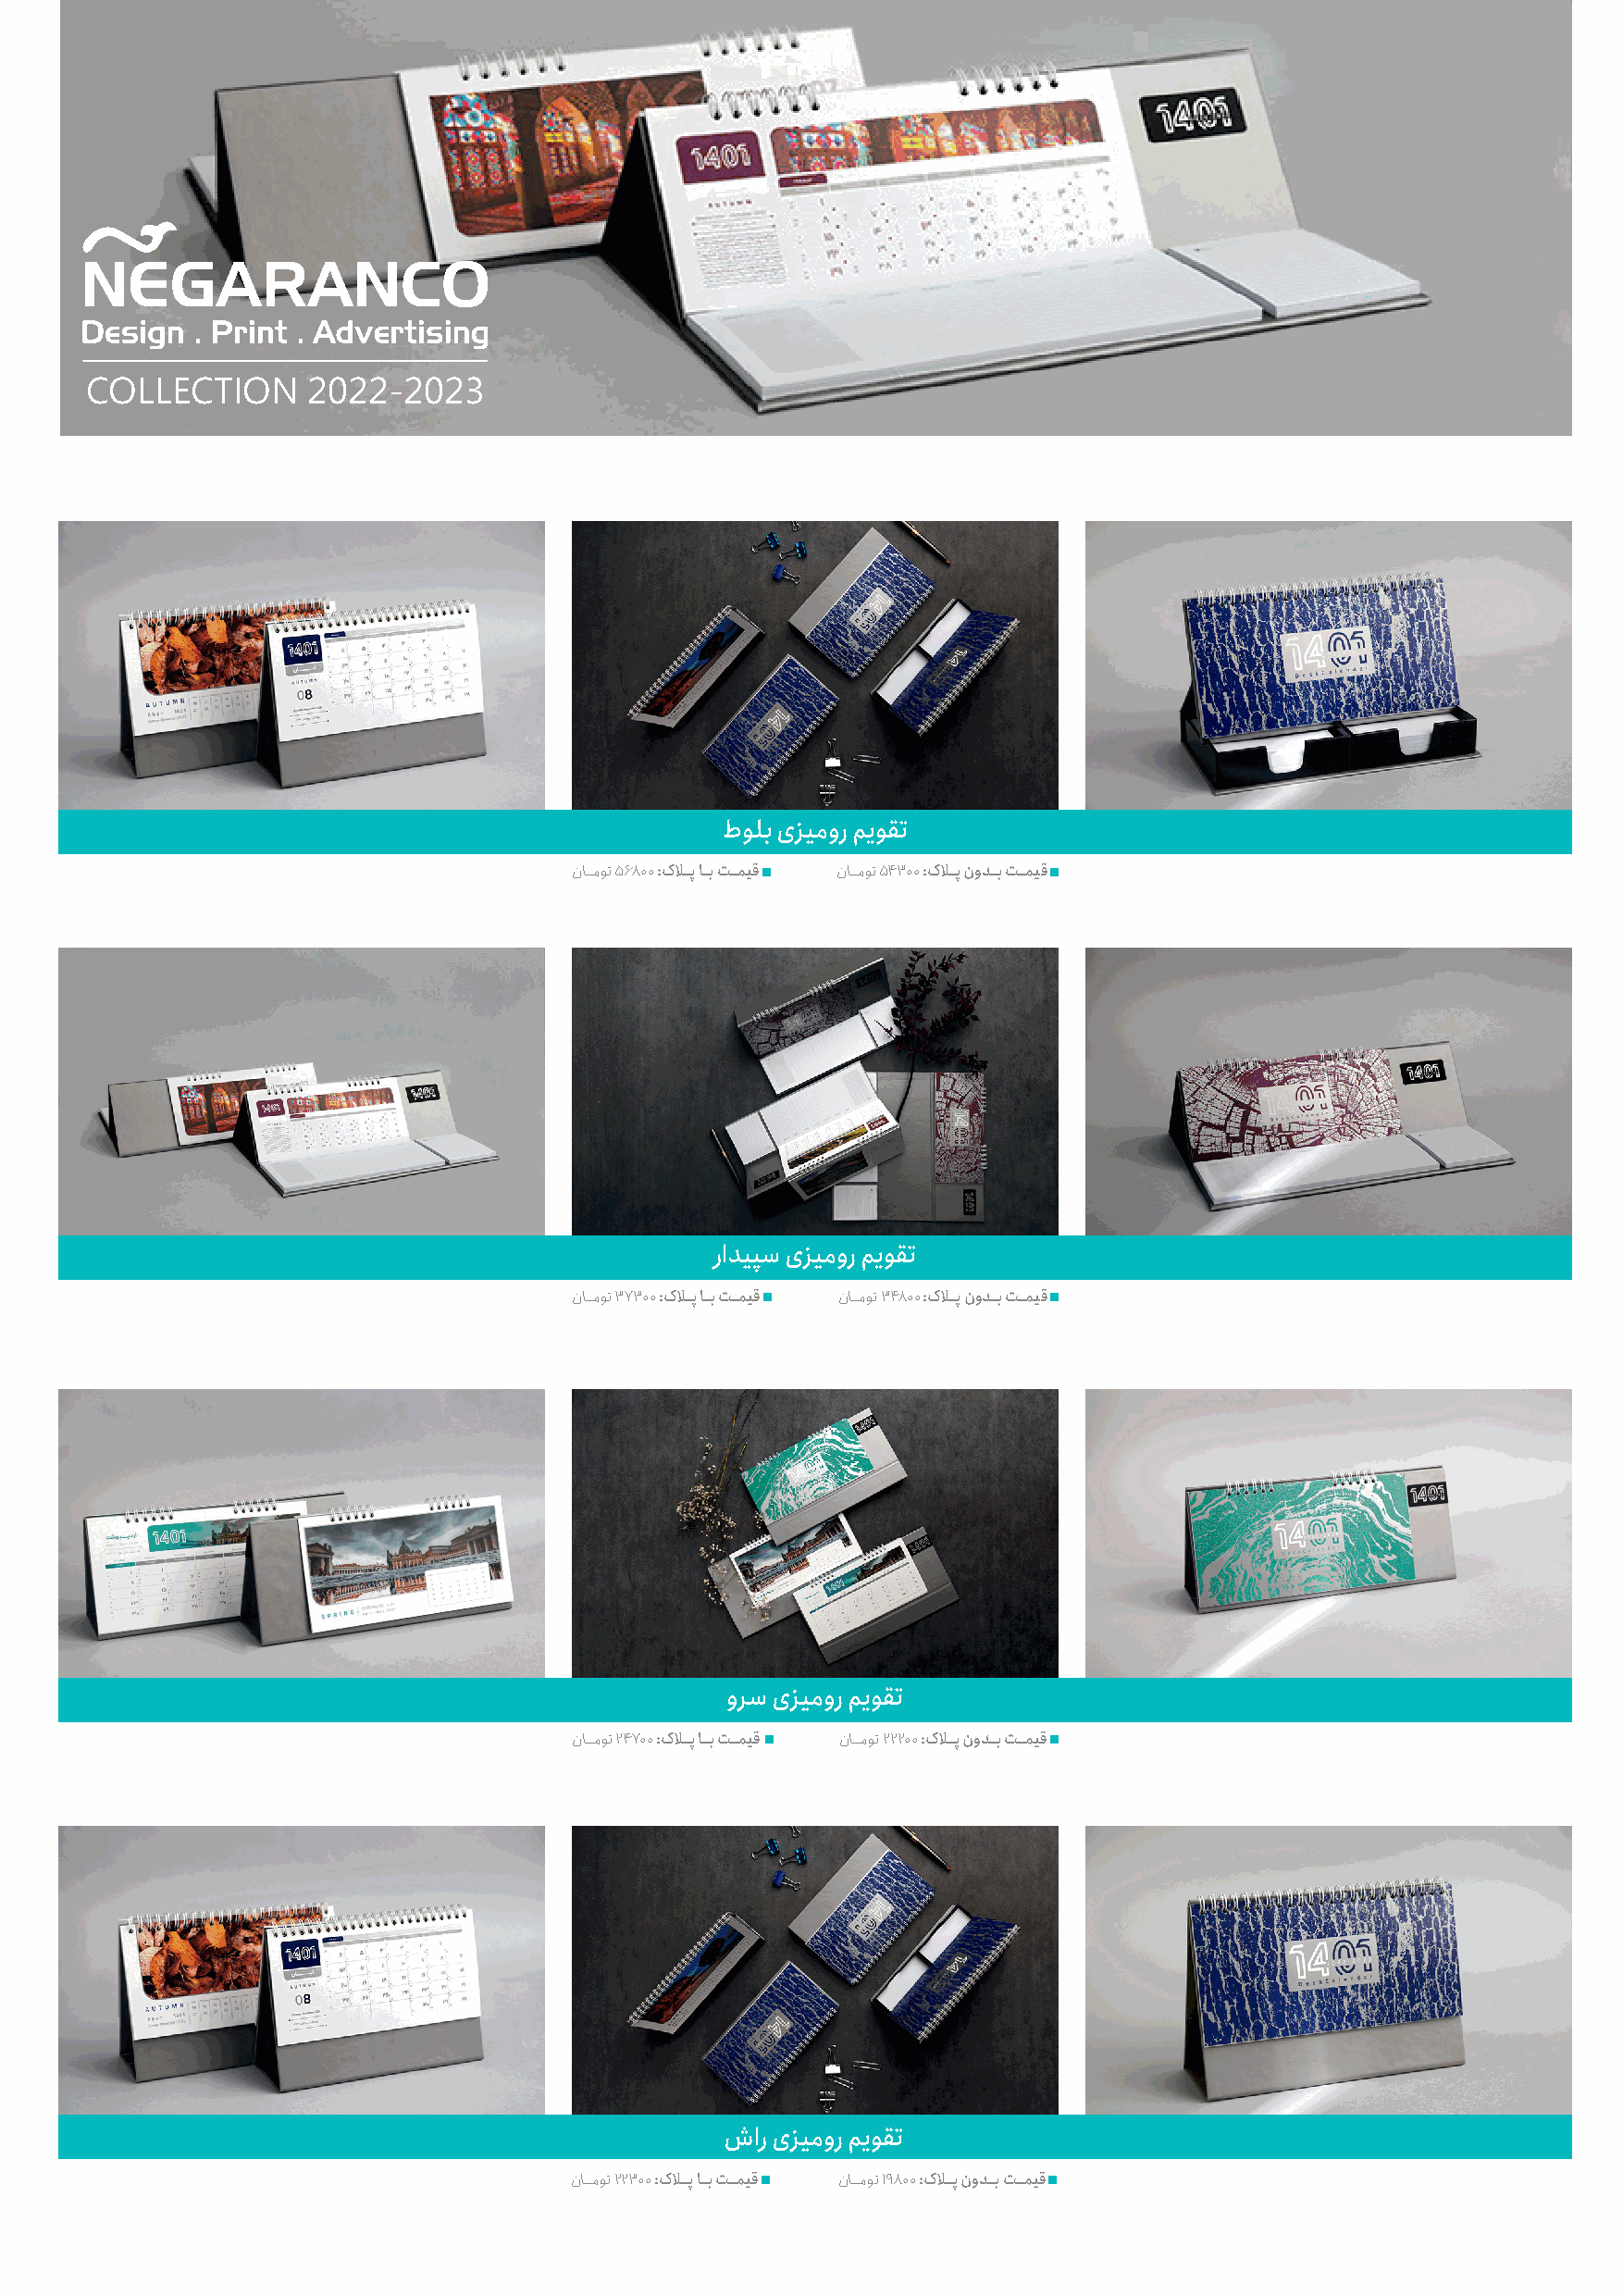
COLLECTION      2022-2023
 طولب یزیمور میوقت
 ناــموت 56800 :کاــپ اــب تــمیق ناــموت 54300 :کاــپ نودــب تــمیق
 رادیپس یزیمور میوقت
 ناــموت 37300 :کاــپ اــب تــمیق ناــموت 34800 :کاــپ نودــب تــمیق
 ورس یزیمور میوقت
 ناــموت 24700 :کاــپ اــب تــمیق ناــموت 22200 :کاــپ نودــب تــمیق
 شار یزیمور میوقت
 ناــموت 22300 :کاــپ اــب تــمیق ناــموت 19800 :کاــپ نودــب تــمیق